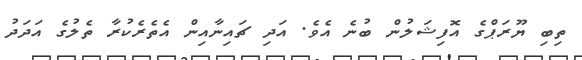
ތިބި ޔޫރަޕްގެ އޮފިޝަލުން ބުނެ އެވެ. އަދި ޗައިނާއިން އެތެރެކުރާ ތެލުގެ އަދަދު